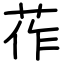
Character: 莋